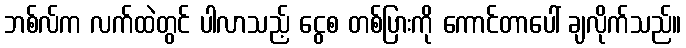
ဘစ်လ်က လက်ထဲတွင် ပါလာသည့် ငွေစ တစ်ပြားကို ကောင်တာပေါ် ချလိုက်သည်။